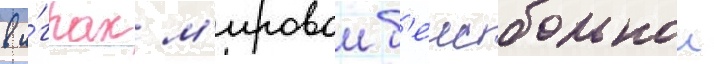
в и́грах м'ировои б'еисбольнои